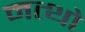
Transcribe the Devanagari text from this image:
नत्थो